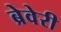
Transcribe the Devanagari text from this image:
ब्रेवेरी